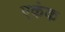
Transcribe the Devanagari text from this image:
एकंक